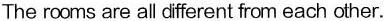
The rooms are all different from each other.